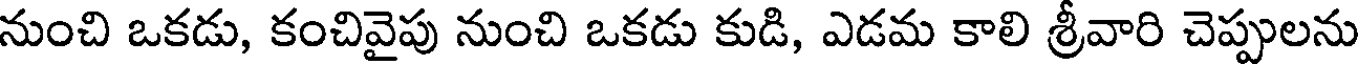
నుంచి ఒకడు, కంచివైపు నుంచి ఒకడు కుడి, ఎడమ కాలి శ్రీవారి చెప్పులను